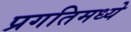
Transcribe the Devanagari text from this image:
प्रगतिमध्ये